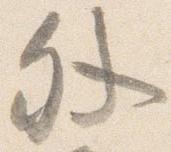
外